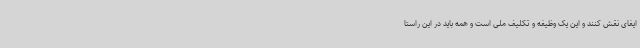
ایفای نقش کنند و این یک وظیفه و تکلیف ملی است و همه باید در این راستا